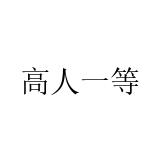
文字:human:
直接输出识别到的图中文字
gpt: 高人一等